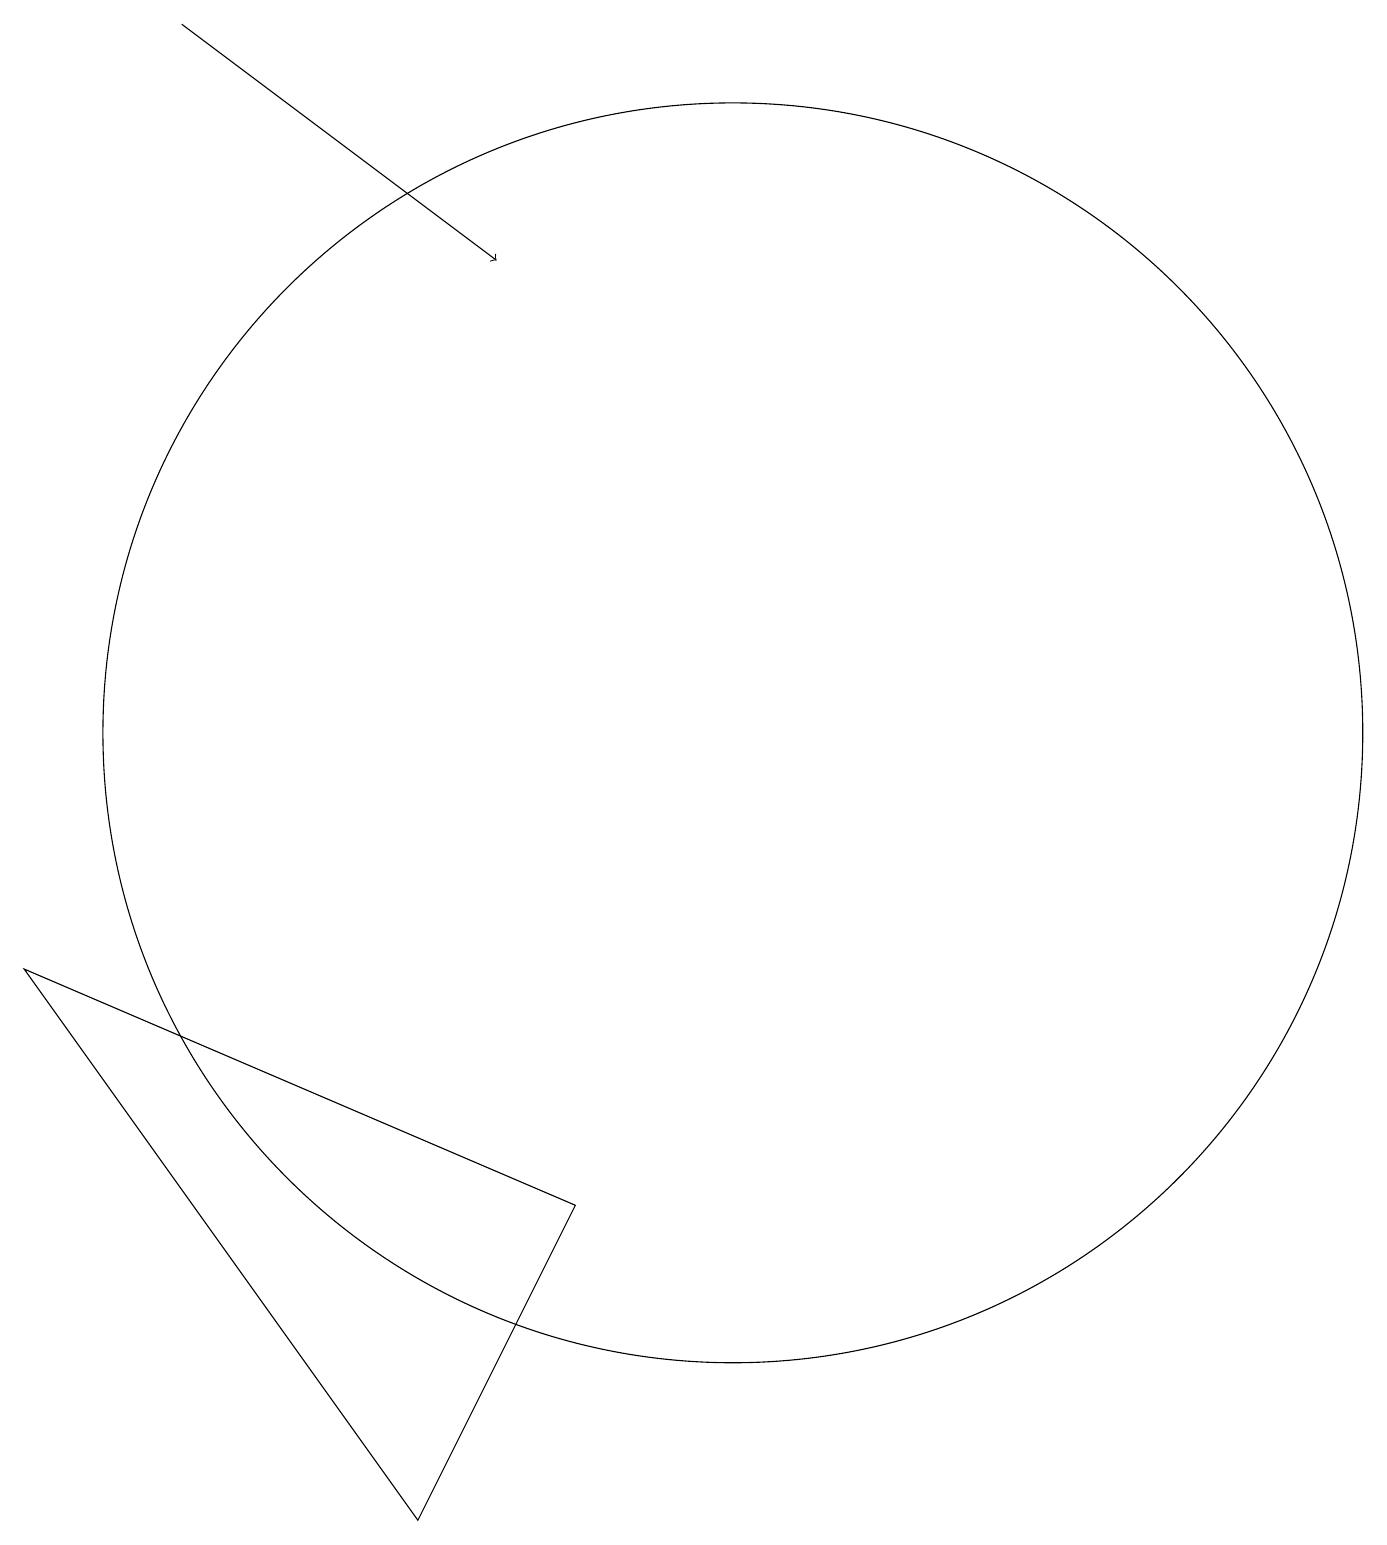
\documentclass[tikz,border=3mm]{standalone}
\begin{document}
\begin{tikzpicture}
\draw (8,4) -- (1,7) -- (6,0) -- cycle;
\draw[->] (3,19) -- (7,16);
\draw (10,10) circle (8);
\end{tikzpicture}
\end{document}